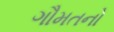
ગૌમતનો